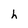
Character: h